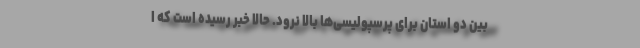
بین دو استان برای پرسپولیسی‌ها بالا نرود. حالا خبر رسیده است که ا